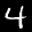
Label: 4